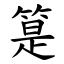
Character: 䈕